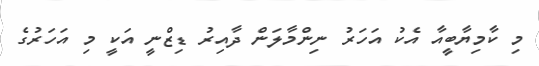
މި ކާމިޔާބީއާ އެކު އަހަރު ނިންމާލަން ދާއިރު ޑިޒްނީ އަކީ މި އަހަރުގެ